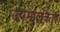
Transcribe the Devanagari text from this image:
उपमालंकार